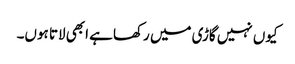
کیوں نہیں گاڑی میں رکھا ہے ابھی لاتا ہوں۔